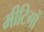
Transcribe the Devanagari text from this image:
मीटिगों